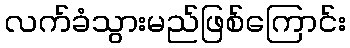
လက်ခံသွားမည်ဖြစ်ကြောင်း